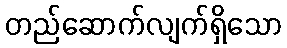
တည်ဆောက်လျက်ရှိသော